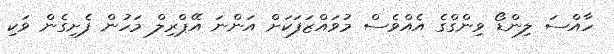
ހާއްސަ ލިންޑޯ ވިންގްގެ އެއްވެސް މުވައްޒަފަކަށް އަންނަ އޭޕްރިލް މަހުން ފެށިގެން ވަކި